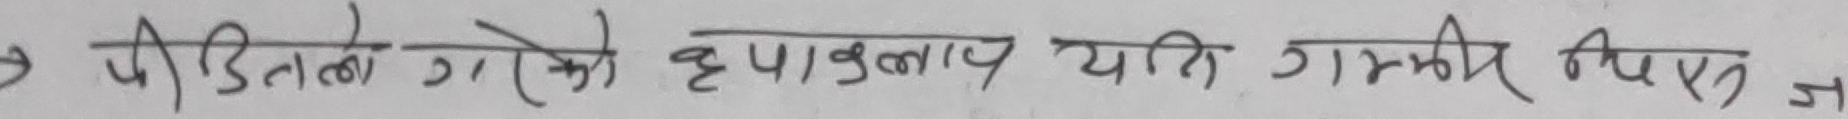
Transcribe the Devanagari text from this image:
यदि उनको हाइड्रोलाप यदि गम्भीर थिएन ज